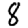
Digit: 8